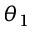
\theta _ { 1 }